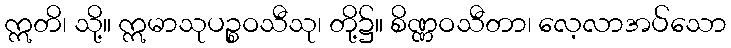
ဣတိ၊ သို့။ ဣမာသုပဉ္စဝသီသု၊ တို့၌။ စိဏ္ဏဝသီတာ၊ လေ့လာအပ်သော